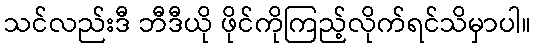
သင်လည်းဒီ ဘီဒီယို ဖိုင်ကိုကြည့်လိုက်ရင်သိမှာပါ။